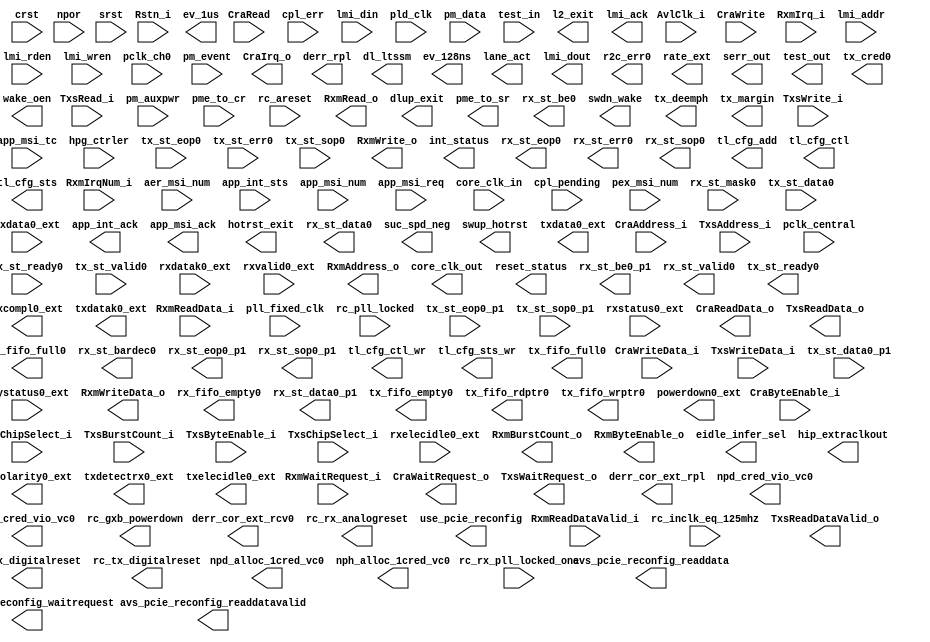
// Generated by IP Compiler for PCI Express 14.0 [Altera, IP Toolbench 1.3.0 Build 200]
// ************************************************************
// THIS IS A WIZARD-GENERATED FILE. DO NOT EDIT THIS FILE!
// ************************************************************
// Copyright (C) 1991-2016 Altera Corporation
// Any megafunction design, and related net list (encrypted or decrypted),
// support information, device programming or simulation file, and any other
// associated documentation or information provided by Altera or a partner
// under Altera's Megafunction Partnership Program may be used only to
// program PLD devices (but not masked PLD devices) from Altera.  Any other
// use of such megafunction design, net list, support information, device
// programming or simulation file, or any other related documentation or
// information is prohibited for any other purpose, including, but not
// limited to modification, reverse engineering, de-compiling, or use with
// any other silicon devices, unless such use is explicitly licensed under
// a separate agreement with Altera or a megafunction partner.  Title to
// the intellectual property, including patents, copyrights, trademarks,
// trade secrets, or maskworks, embodied in any such megafunction design,
// net list, support information, device programming or simulation file, or
// any other related documentation or information provided by Altera or a
// megafunction partner, remains with Altera, the megafunction partner, or
// their respective licensors.  No other licenses, including any licenses
// needed under any third party's intellectual property, are provided herein.

module PCIeGen1x1If64_core (
	AvlClk_i,
	CraAddress_i,
	CraByteEnable_i,
	CraChipSelect_i,
	CraRead,
	CraWrite,
	CraWriteData_i,
	Rstn_i,
	RxmIrqNum_i,
	RxmIrq_i,
	RxmReadDataValid_i,
	RxmReadData_i,
	RxmWaitRequest_i,
	TxsAddress_i,
	TxsBurstCount_i,
	TxsByteEnable_i,
	TxsChipSelect_i,
	TxsRead_i,
	TxsWriteData_i,
	TxsWrite_i,
	aer_msi_num,
	app_int_sts,
	app_msi_num,
	app_msi_req,
	app_msi_tc,
	core_clk_in,
	cpl_err,
	cpl_pending,
	crst,
	hpg_ctrler,
	lmi_addr,
	lmi_din,
	lmi_rden,
	lmi_wren,
	npor,
	pclk_central,
	pclk_ch0,
	pex_msi_num,
	pld_clk,
	pll_fixed_clk,
	pm_auxpwr,
	pm_data,
	pm_event,
	pme_to_cr,
	rc_areset,
	rc_inclk_eq_125mhz,
	rc_pll_locked,
	rc_rx_pll_locked_one,
	rx_st_mask0,
	rx_st_ready0,
	srst,
	test_in,
	tx_st_data0,
	tx_st_data0_p1,
	tx_st_eop0,
	tx_st_eop0_p1,
	tx_st_err0,
	tx_st_sop0,
	tx_st_sop0_p1,
	tx_st_valid0,
	phystatus0_ext,
	rxdata0_ext,
	rxdatak0_ext,
	rxelecidle0_ext,
	rxstatus0_ext,
	rxvalid0_ext,
	CraIrq_o,
	CraReadData_o,
	CraWaitRequest_o,
	RxmAddress_o,
	RxmBurstCount_o,
	RxmByteEnable_o,
	RxmRead_o,
	RxmWriteData_o,
	RxmWrite_o,
	TxsReadDataValid_o,
	TxsReadData_o,
	TxsWaitRequest_o,
	app_int_ack,
	app_msi_ack,
	avs_pcie_reconfig_readdata,
	avs_pcie_reconfig_readdatavalid,
	avs_pcie_reconfig_waitrequest,
	core_clk_out,
	derr_cor_ext_rcv0,
	derr_cor_ext_rpl,
	derr_rpl,
	dl_ltssm,
	dlup_exit,
	eidle_infer_sel,
	ev_128ns,
	ev_1us,
	hip_extraclkout,
	hotrst_exit,
	int_status,
	l2_exit,
	lane_act,
	lmi_ack,
	lmi_dout,
	npd_alloc_1cred_vc0,
	npd_cred_vio_vc0,
	nph_alloc_1cred_vc0,
	nph_cred_vio_vc0,
	pme_to_sr,
	r2c_err0,
	rate_ext,
	rc_gxb_powerdown,
	rc_rx_analogreset,
	rc_rx_digitalreset,
	rc_tx_digitalreset,
	reset_status,
	rx_fifo_empty0,
	rx_fifo_full0,
	rx_st_bardec0,
	rx_st_be0,
	rx_st_be0_p1,
	rx_st_data0,
	rx_st_data0_p1,
	rx_st_eop0,
	rx_st_eop0_p1,
	rx_st_err0,
	rx_st_sop0,
	rx_st_sop0_p1,
	rx_st_valid0,
	serr_out,
	suc_spd_neg,
	swdn_wake,
	swup_hotrst,
	test_out,
	tl_cfg_add,
	tl_cfg_ctl,
	tl_cfg_ctl_wr,
	tl_cfg_sts,
	tl_cfg_sts_wr,
	tx_cred0,
	tx_deemph,
	tx_fifo_empty0,
	tx_fifo_full0,
	tx_fifo_rdptr0,
	tx_fifo_wrptr0,
	tx_margin,
	tx_st_ready0,
	use_pcie_reconfig,
	wake_oen,
	powerdown0_ext,
	rxpolarity0_ext,
	txcompl0_ext,
	txdata0_ext,
	txdatak0_ext,
	txdetectrx0_ext,
	txelecidle0_ext);

	input		AvlClk_i;
	input	[11:0]	CraAddress_i;
	input	[3:0]	CraByteEnable_i;
	input		CraChipSelect_i;
	input		CraRead;
	input		CraWrite;
	input	[31:0]	CraWriteData_i;
	input		Rstn_i;
	input	[5:0]	RxmIrqNum_i;
	input		RxmIrq_i;
	input		RxmReadDataValid_i;
	input	[63:0]	RxmReadData_i;
	input		RxmWaitRequest_i;
	input	[16:0]	TxsAddress_i;
	input	[9:0]	TxsBurstCount_i;
	input	[7:0]	TxsByteEnable_i;
	input		TxsChipSelect_i;
	input		TxsRead_i;
	input	[63:0]	TxsWriteData_i;
	input		TxsWrite_i;
	input	[4:0]	aer_msi_num;
	input		app_int_sts;
	input	[4:0]	app_msi_num;
	input		app_msi_req;
	input	[2:0]	app_msi_tc;
	input		core_clk_in;
	input	[6:0]	cpl_err;
	input		cpl_pending;
	input		crst;
	input	[4:0]	hpg_ctrler;
	input	[11:0]	lmi_addr;
	input	[31:0]	lmi_din;
	input		lmi_rden;
	input		lmi_wren;
	input		npor;
	input		pclk_central;
	input		pclk_ch0;
	input	[4:0]	pex_msi_num;
	input		pld_clk;
	input		pll_fixed_clk;
	input		pm_auxpwr;
	input	[9:0]	pm_data;
	input		pm_event;
	input		pme_to_cr;
	input		rc_areset;
	input		rc_inclk_eq_125mhz;
	input		rc_pll_locked;
	input		rc_rx_pll_locked_one;
	input		rx_st_mask0;
	input		rx_st_ready0;
	input		srst;
	input	[39:0]	test_in;
	input	[63:0]	tx_st_data0;
	input	[63:0]	tx_st_data0_p1;
	input		tx_st_eop0;
	input		tx_st_eop0_p1;
	input		tx_st_err0;
	input		tx_st_sop0;
	input		tx_st_sop0_p1;
	input		tx_st_valid0;
	input		phystatus0_ext;
	input	[7:0]	rxdata0_ext;
	input		rxdatak0_ext;
	input		rxelecidle0_ext;
	input	[2:0]	rxstatus0_ext;
	input		rxvalid0_ext;
	output		CraIrq_o;
	output	[31:0]	CraReadData_o;
	output		CraWaitRequest_o;
	output	[31:0]	RxmAddress_o;
	output	[9:0]	RxmBurstCount_o;
	output	[7:0]	RxmByteEnable_o;
	output		RxmRead_o;
	output	[63:0]	RxmWriteData_o;
	output		RxmWrite_o;
	output		TxsReadDataValid_o;
	output	[63:0]	TxsReadData_o;
	output		TxsWaitRequest_o;
	output		app_int_ack;
	output		app_msi_ack;
	output	[15:0]	avs_pcie_reconfig_readdata;
	output		avs_pcie_reconfig_readdatavalid;
	output		avs_pcie_reconfig_waitrequest;
	output		core_clk_out;
	output		derr_cor_ext_rcv0;
	output		derr_cor_ext_rpl;
	output		derr_rpl;
	output	[4:0]	dl_ltssm;
	output		dlup_exit;
	output	[23:0]	eidle_infer_sel;
	output		ev_128ns;
	output		ev_1us;
	output	[1:0]	hip_extraclkout;
	output		hotrst_exit;
	output	[3:0]	int_status;
	output		l2_exit;
	output	[3:0]	lane_act;
	output		lmi_ack;
	output	[31:0]	lmi_dout;
	output		npd_alloc_1cred_vc0;
	output		npd_cred_vio_vc0;
	output		nph_alloc_1cred_vc0;
	output		nph_cred_vio_vc0;
	output		pme_to_sr;
	output		r2c_err0;
	output		rate_ext;
	output		rc_gxb_powerdown;
	output		rc_rx_analogreset;
	output		rc_rx_digitalreset;
	output		rc_tx_digitalreset;
	output		reset_status;
	output		rx_fifo_empty0;
	output		rx_fifo_full0;
	output	[7:0]	rx_st_bardec0;
	output	[7:0]	rx_st_be0;
	output	[7:0]	rx_st_be0_p1;
	output	[63:0]	rx_st_data0;
	output	[63:0]	rx_st_data0_p1;
	output		rx_st_eop0;
	output		rx_st_eop0_p1;
	output		rx_st_err0;
	output		rx_st_sop0;
	output		rx_st_sop0_p1;
	output		rx_st_valid0;
	output		serr_out;
	output		suc_spd_neg;
	output		swdn_wake;
	output		swup_hotrst;
	output	[63:0]	test_out;
	output	[3:0]	tl_cfg_add;
	output	[31:0]	tl_cfg_ctl;
	output		tl_cfg_ctl_wr;
	output	[52:0]	tl_cfg_sts;
	output		tl_cfg_sts_wr;
	output	[35:0]	tx_cred0;
	output	[7:0]	tx_deemph;
	output		tx_fifo_empty0;
	output		tx_fifo_full0;
	output	[3:0]	tx_fifo_rdptr0;
	output	[3:0]	tx_fifo_wrptr0;
	output	[23:0]	tx_margin;
	output		tx_st_ready0;
	output		use_pcie_reconfig;
	output		wake_oen;
	output	[1:0]	powerdown0_ext;
	output		rxpolarity0_ext;
	output		txcompl0_ext;
	output	[7:0]	txdata0_ext;
	output		txdatak0_ext;
	output		txdetectrx0_ext;
	output		txelecidle0_ext;
endmodule